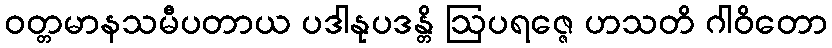
ဝတ္တမာနသမီပတာယ ပဒါနုပဒန္တိ ဩပရဇ္ဇေ ဟသတိ ဂါဝိတော